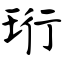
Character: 珩